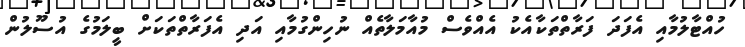
ހުއްޓާލުމާއި އެފަދަ ފަރާތްތަކާއެކު އެއްވެސް މުއާމަލާތެއް ނުހިންގުމާއި އަދި އެފަރާތްތަކަށް ބީލަމުގެ އުސޫލުން